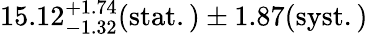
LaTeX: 15.12_{-1.32}^{+1.74}(\mathrm{stat.)\pm 1.87(\mathrm{syst.)}}